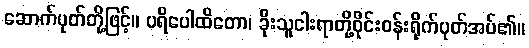
ဆောက်ပုတ်တို့ဖြင့်။ ပရိပေါထိတော၊ ခိုးသူငါးရာတို့ဝိုင်းဝန်းရိုက်ပုတ်အပ်၏။